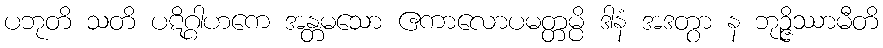
ပဘုတိ သတိ ပဋိဂ္ဂါဟကေ အန္တမသော ဧကာလောပမတ္တမ္ပိ ဒါနံ အဒတွာ န ဘုဉ္ဇိဿာမီတိ